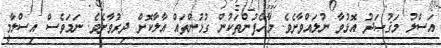
އަސްލު މަޤުޞަދު އޮޅުވާ ނުލައްވާށެވެ. މާހެފުންތަކުން ގުޅުންތައް އާލާކޮށް ދިރުވާށެވެ. ނަމަވެސް އިސްލާމީ